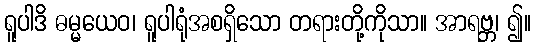
ရူပါဒိ ဓမ္မယေဝ၊ ရူပါရုံအစရှိသော တရားတို့ကိုသာ။ အာရဗ္ဘ၊ ၍။